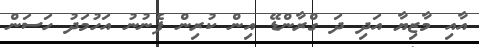
އާއި މާޒިޔާ އަދި ދަ ގްރާންޑޭ އިން ކުރިން ފެނުނު އަހުމަދު ހަސަން